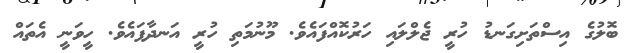
ބޮލުގެ އިސްތަށިގަނޑު ހުރީ ޖެލްލައި ހަރުކޮއްފައެވެ. މޫނުމަތި ހުރީ އަނދާފައެވެ. ހީވަނީ އެތައް